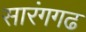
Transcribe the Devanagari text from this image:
सारंगगढ